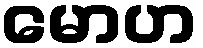
မောဟ